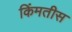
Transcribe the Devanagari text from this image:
किंमतीस